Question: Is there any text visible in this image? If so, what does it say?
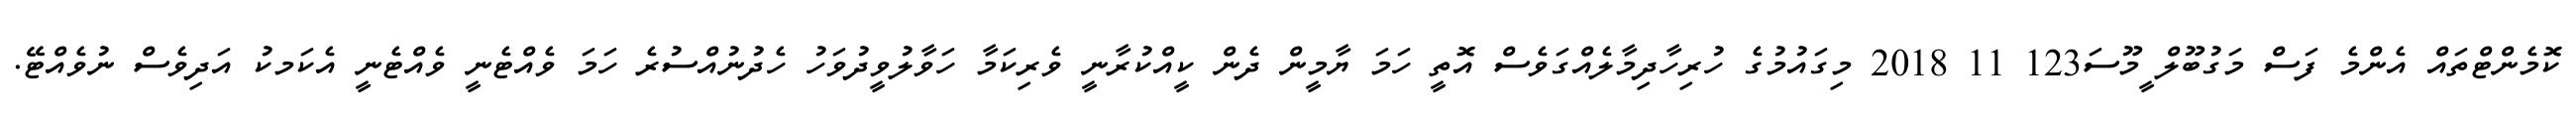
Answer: ކޮމެންޓްތައް އެންމެ ފަސް މަގުބޫލް ީމޫސަ123 11 2018 މިގައުމުގެ ހުރިހާދިމާލެއްގަވެސް އޮތީ ހަމަ ޔާމީން ދެން ކީއްކުރާނީ ވެރިކަމާ ހަވާލުވީދުވަހު ހެދުނުއްސުރެ ހަމަ ވެއްޓެނީ ވެއްޓެނީ އެކަމކު އަދިވެސް ނުވެއްޓޭ.